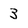
Character: 3